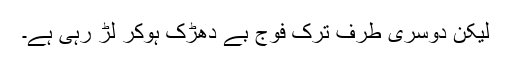
لیکن دوسری طرف ترک فوج بے دھڑک ہوکر لڑ رہی ہے۔